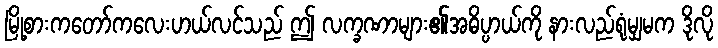
မြို့စားကတော်ကလေးဟယ်လင်သည် ဤ လက္ခဏာများ၏အဓိပ္ပာယ်ကို နားလည်ရုံမျှမက ဒိုလို